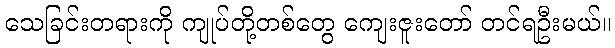
သေခြင်းတရားကို ကျုပ်တို့တစ်တွေ ကျေးဇူးတော် တင်ရဦးမယ်။